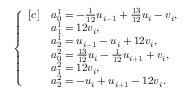
\begin{array} { r } { \left\{ \begin{array} { r l } { [ c ] } & { a _ { 0 } ^ { 1 } = - \frac { 1 } { 1 2 } u _ { i - 1 } + \frac { 1 3 } { 1 2 } u _ { i } - v _ { i } , } \\ & { a _ { 1 } ^ { 1 } = 1 2 v _ { i } , } \\ & { a _ { 2 } ^ { 1 } = u _ { i - 1 } - u _ { i } + 1 2 v _ { i } , } \\ & { a _ { 0 } ^ { 2 } = \frac { 1 3 } { 1 2 } u _ { i } - \frac { 1 } { 1 2 } u _ { i + 1 } + v _ { i } , } \\ & { a _ { 1 } ^ { 2 } = 1 2 v _ { i } , } \\ & { a _ { 2 } ^ { 2 } = - u _ { i } + u _ { i + 1 } - 1 2 v _ { i } . } \end{array} \right. } \end{array}